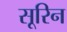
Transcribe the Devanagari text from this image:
सूरिन